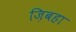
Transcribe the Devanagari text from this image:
ज़िबहा